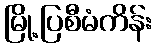
မြို့ပြစီမံကိန်း